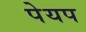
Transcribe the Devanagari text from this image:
पेयप